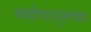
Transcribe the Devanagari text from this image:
वर्षांपासूनच्या